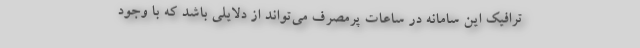
ترافیک این سامانه در ساعات پرمصرف می‌تواند از دلایلی باشد که با وجود